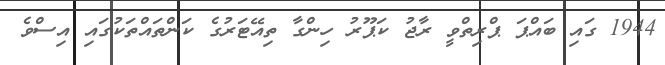
1944 ގައި ބައްޕަ ޕްރިތްވީ ރާޖު ކަޕޫރު ހިންގާ ތިއޭޓަރުގެ ކަންތައްތަކުގައި އިސްވެ